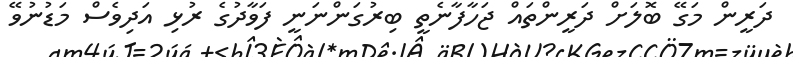
ދަރީން މަގޭ ބޮލަށް ދަރީންތައް ޖަހާފާނެތީ ބިރުގަންނަނީ ފަވާދުގެ ރުޅި އަދިވެސް މަޑުނުވޭ